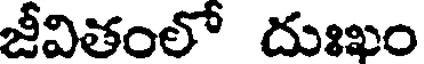
జీవితంలో దుఃఖం